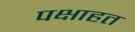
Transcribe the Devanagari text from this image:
पक्षाहत